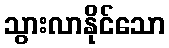
သွားလာနိုင်သော